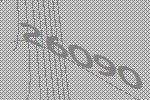
26090